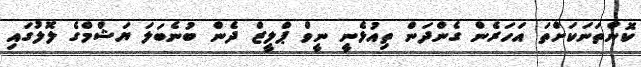
ކޮންތަނަކަށްތަ އަހަރެން ގެންދަން ތިއުޅެނީ ނީވް ޕްލީޒް ދެން ބުނެބަލަ ޔަޝްމްގެ ލޮލުގައި